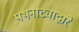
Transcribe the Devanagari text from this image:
पथनाट्याद्वारे